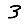
Digit: 3